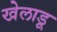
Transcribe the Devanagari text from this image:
खेलाडू